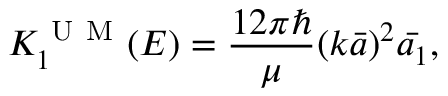
{ K _ { 1 } ^ { \mathrm { ~ U ~ M ~ } } ( E ) = \frac { 1 2 \pi \hbar } { \mu } ( k \bar { a } ) ^ { 2 } \bar { a _ { 1 } } , }